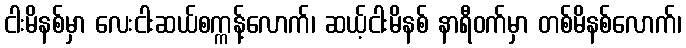
ငါးမိနစ်မှာ လေးငါးဆယ်စက္ကန့်လောက်၊ ဆယ့်ငါးမိနစ် နာရီဝက်မှာ တစ်မိနစ်လောက်၊